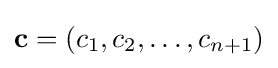
\mathbf {c} =(c_{1},c_{2},\ldots ,c_{n+1})